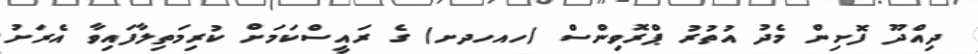
ދިއްދޫ ފޮށިން މެދު އުތުރު ޕްރޮވިންސް (ހއހދށ) ގެ ރައީސްކަމަށް ކުރިމަތިލާފައިވާ އެރަށު